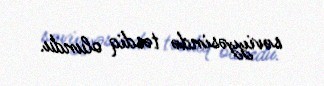
səviyyəsində təsdiq olundu.